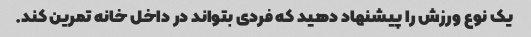
یک نوع ورزش را پیشنهاد دهید که فردی بتواند در داخل خانه تمرین کند.